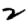
Digit: 2